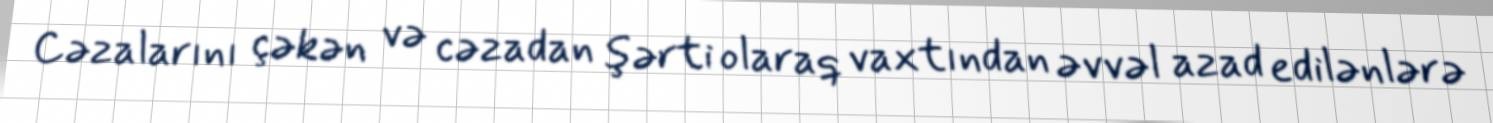
Cəzalarını çəkən və cəzadan şərti olaraq vaxtından əvvəl azad edilənlərə